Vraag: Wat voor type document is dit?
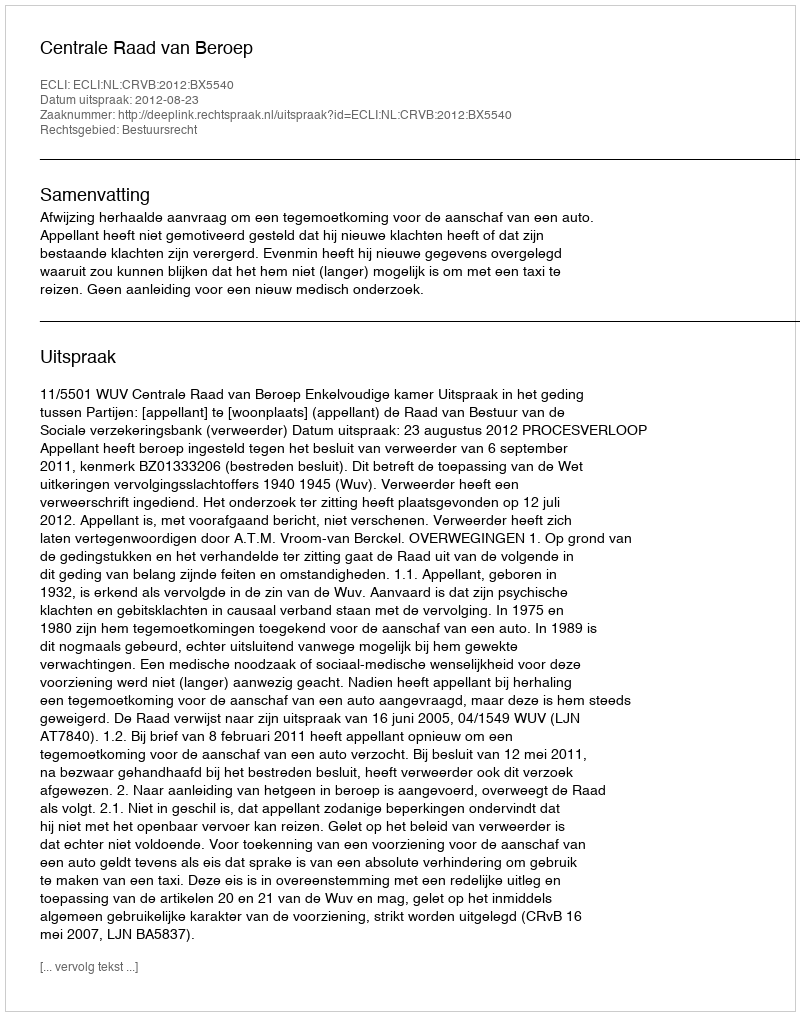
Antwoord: Uitspraak